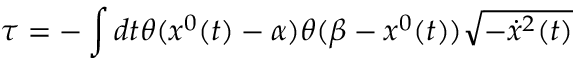
\tau = - \int d t \theta ( x ^ { 0 } ( t ) - \alpha ) \theta ( \beta - x ^ { 0 } ( t ) ) \sqrt { - \dot { x } ^ { 2 } ( t ) }